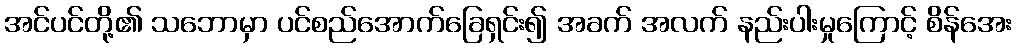
အင်ပင်တို့၏ သဘောမှာ ပင်စည်အောက်ခြေရှင်း၍ အခက် အလက် နည်းပါးမှုကြောင့် စိန်အေး